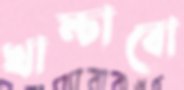
খাম্‌চাবো